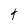
Character: t